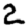
Digit: 2